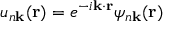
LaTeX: u _ { n \mathbf { k } } ( \mathbf { r } ) = e ^ { - i \mathbf { k } \cdot \mathbf { r } } \psi _ { n \mathbf { k } } ( \mathbf { r } )